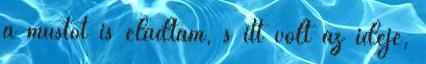
a mustot is eladtam, s itt volt az ideje,